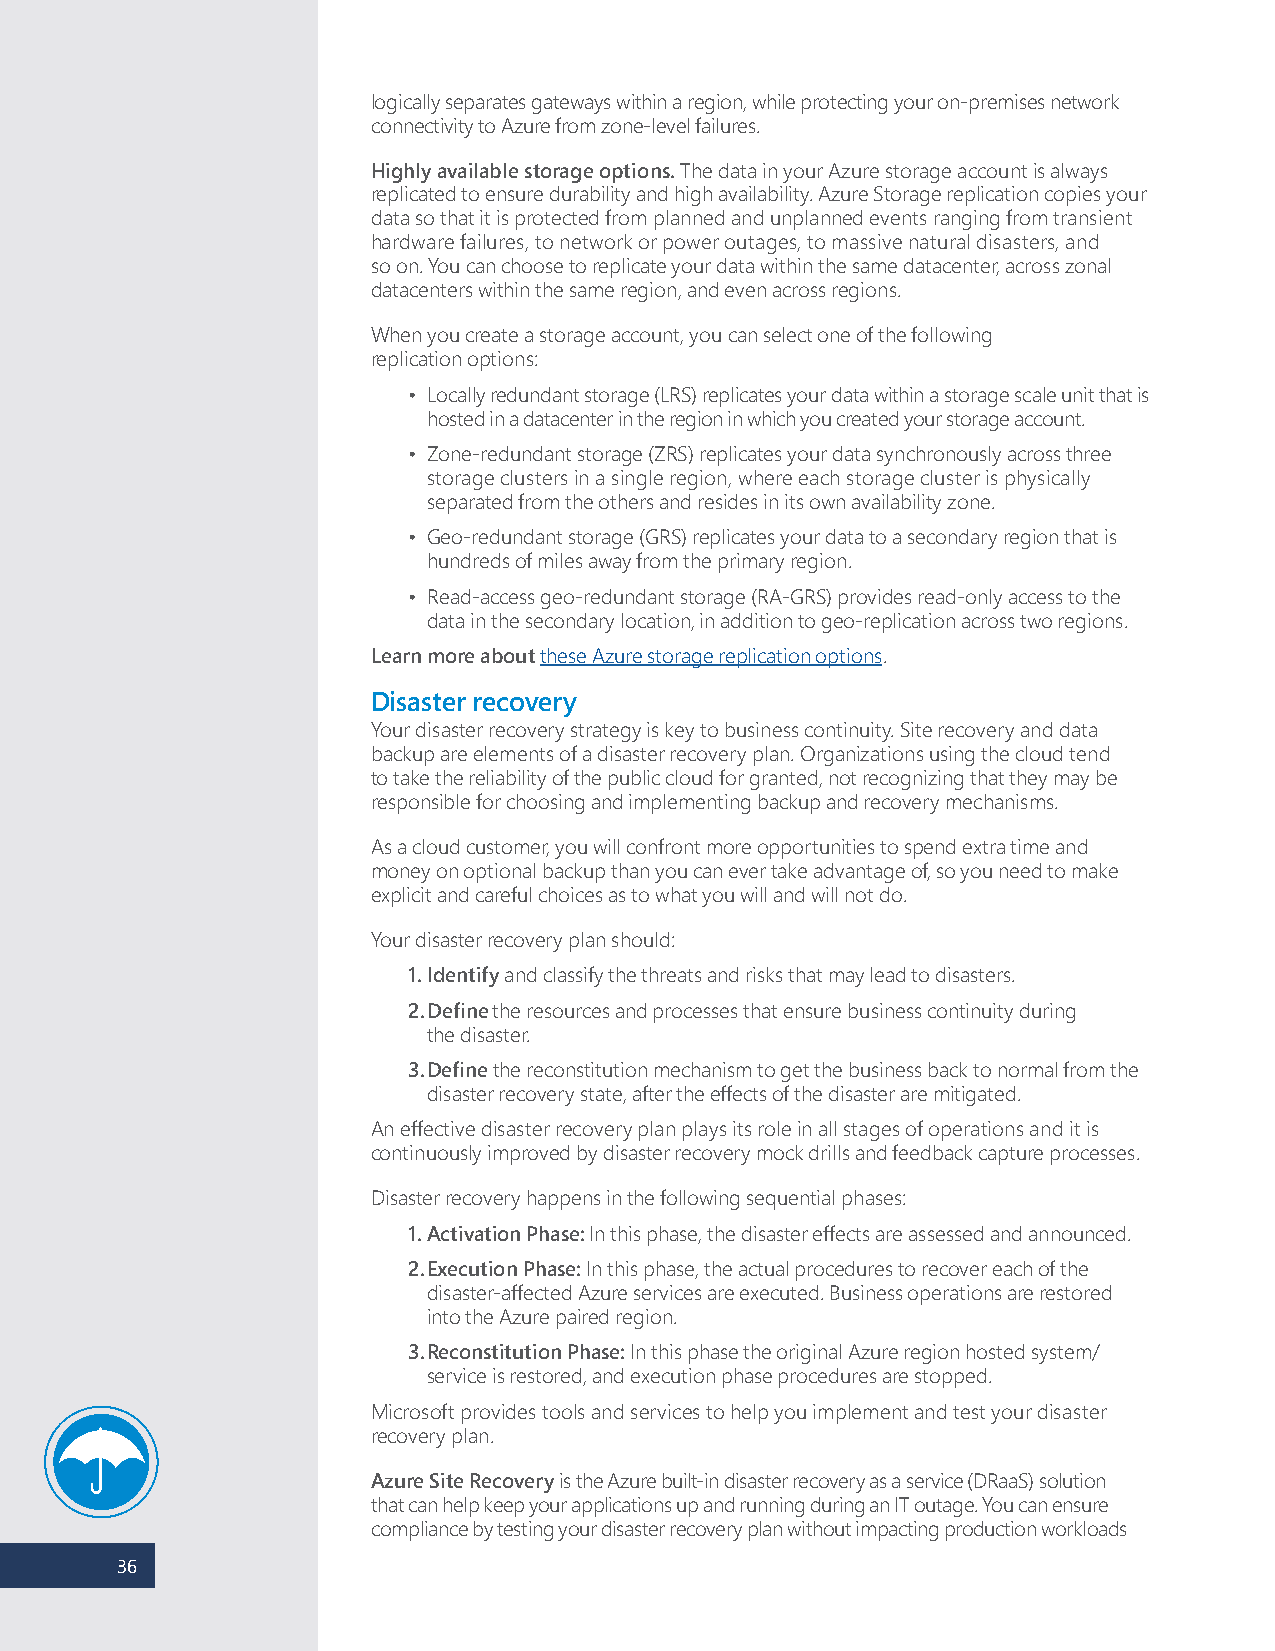
logically separates gateways within a region, while protecting your on-premises network
 connectivity to Azure from zone-level failures.
 Highly available storage options. The data in your Azure storage account is always
 replicated to ensure durability and high availability. Azure Storage replication copies your
 data so that it is protected from planned and unplanned events ranging from transient
 hardware failures, to network or power outages, to massive natural disasters, and
 so on. You can choose to replicate your data within the same datacenter, across zonal
 datacenters within the same region, and even across regions.
 When you create a storage account, you can select one of the following
 replication options:
 • Locally redundant storage (LRS) replicates your data within a storage scale unit that is
 hosted in a datacenter in the region in which you created your storage account.
 • Zone-redundant storage (ZRS) replicates your data synchronously across three
 storage clusters in a single region, where each storage cluster is physically
 separated from the others and resides in its own availability zone.
 • Geo-redundant storage (GRS) replicates your data to a secondary region that is
 hundreds of miles away from the primary region.
 • Read-access geo-redundant storage (RA-GRS) provides read-only access to the
 data in the secondary location, in addition to geo-replication across two regions.
 Learn more about these Azure storage replication options.
 Disaster recovery
 Your disaster recovery strategy is key to business continuity. Site recovery and data
 backup are elements of a disaster recovery plan. Organizations using the cloud tend
 to take the reliability of the public cloud for granted, not recognizing that they may be
 responsible for choosing and implementing backup and recovery mechanisms.
 As a cloud customer, you will confront more opportunities to spend extra time and
 money on optional backup than you can ever take advantage of, so you need to make
 explicit and careful choices as to what you will and will not do.
 Your disaster recovery plan should:
 1. Identify and classify the threats and risks that may lead to disasters.
 2. Define the resources and processes that ensure business continuity during
 the disaster.
 3. Define the reconstitution mechanism to get the business back to normal from the
 disaster recovery state, after the effects of the disaster are mitigated.
 An effective disaster recovery plan plays its role in all stages of operations and it is
 continuously improved by disaster recovery mock drills and feedback capture processes.
 Disaster recovery happens in the following sequential phases:
 1. Activation Phase: In this phase, the disaster effects are assessed and announced.
 2. Execution Phase: In this phase, the actual procedures to recover each of the
 disaster-affected Azure services are executed. Business operations are restored
 into the Azure paired region.
 3. Reconstitution Phase: In this phase the original Azure region hosted system/
 service is restored, and execution phase procedures are stopped.
 Microsoft provides tools and services to help you implement and test your disaster
 recovery plan.
 Azure Site Recovery is the Azure built-in disaster recovery as a service (DRaaS) solution
 that can help keep your applications up and running during an IT outage. You can ensure
 compliance by testing your disaster recovery plan without impacting production workloads
 36